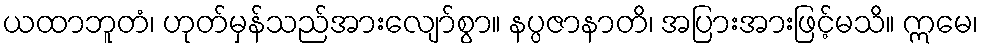
ယထာဘူတံ၊ ဟုတ်မှန်သည်အားလျော်စွာ။ နပ္ပဇာနာတိ၊ အပြားအားဖြင့်မသိ။ ဣမေ၊